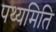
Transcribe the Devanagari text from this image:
पथ्यमिति